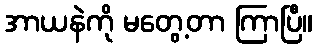
အာယနဲကို မတွေ့တာ ကြာပြီ။